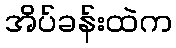
အိပ်ခန်းထဲက